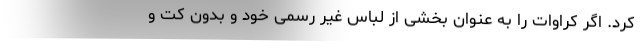
کرد. اگر کراوات را به عنوان بخشی از لباس غیر رسمی خود و بدون کت و